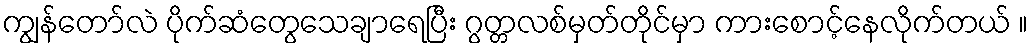
ကျွန်တော်လဲ ပိုက်ဆံတွေသေချာရေပြီး ဂွတ္တလစ်မှတ်တိုင်မှာ ကားစောင့်နေလိုက်တယ် ။